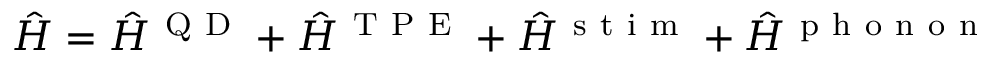
\hat { H } = \hat { H } ^ { \mathrm { ~ Q ~ D ~ } } + \hat { H } ^ { \mathrm { ~ T ~ P ~ E ~ } } + \hat { H } ^ { \mathrm { ~ s ~ t ~ i ~ m ~ } } + \hat { H } ^ { \mathrm { ~ p ~ h ~ o ~ n ~ o ~ n ~ } }